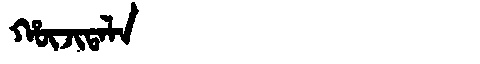
Manchu: ᡥᡡᠵᡳᡨᠠᠯᠠ
Romanization: HŪJITALA